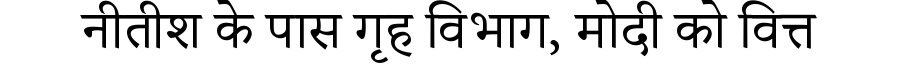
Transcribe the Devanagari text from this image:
नीतीश के पास गृह विभाग, मोदी को वित्त